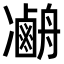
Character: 𠘢